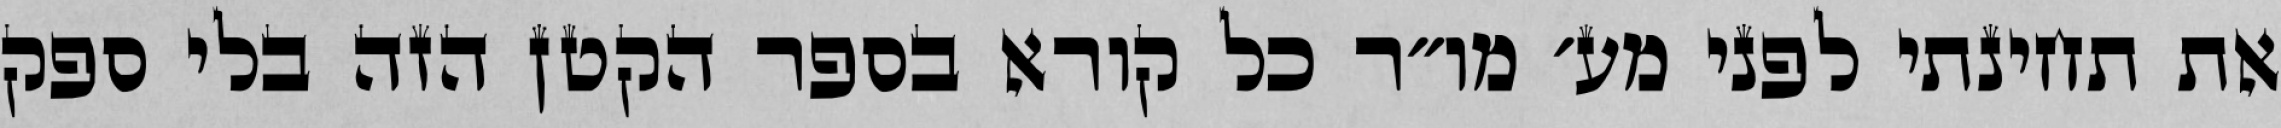
את תחינתי לפני מע׳ מו״ר כל קורא בספר הקטן הזה בלי ספק